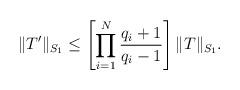
LaTeX: \begin{align*}\|T'\|_{S_1} \leq\left[\prod_{i=1}^N\frac{q_i+1}{q_i-1}\right]\|T\|_{S_1}.\end{align*}